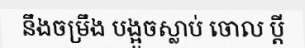
នឹងចម្រឹង បង្អួចស្លាប់ ចោល ប្តី